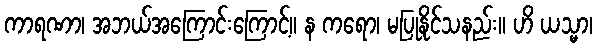
ကာရဏာ၊ အဘယ်အကြောင်းကြောင့်။ န ကရော၊ မပြုနိုင်သနည်း။ ဟိ ယသ္မာ၊